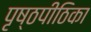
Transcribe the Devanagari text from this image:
पृष्ठपीठिका